Indian journal of veterinary science and animal husbandry - Volume 11,
Year: 1941
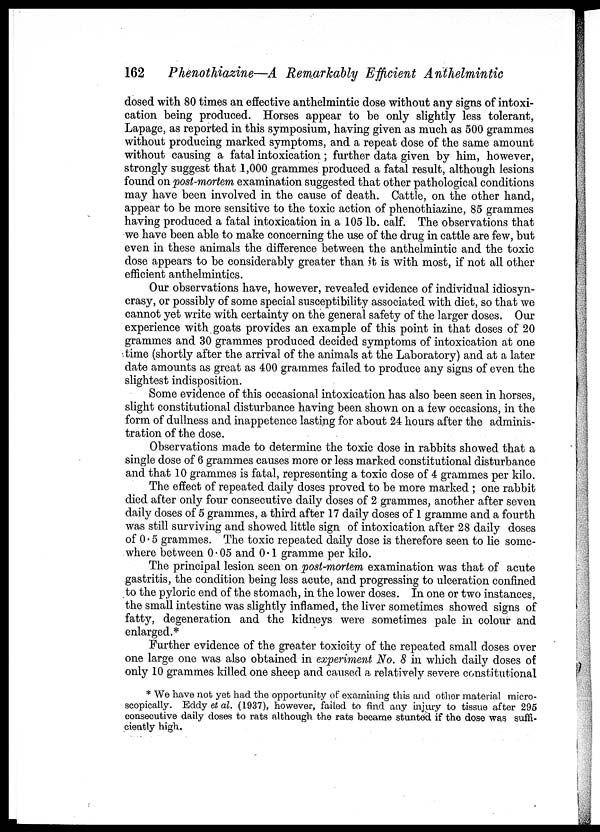
162
Phenothiazine—A Remarkably Efficient Anthelmintic
dosed with 80 times an effective anthelmintic dose without any signs of intoxi-
cation being produced. Horses appear to be only slightly less tolerant,
Lapage, as reported in this symposium, having given as much as 500 grammes
without producing marked symptoms, and a repeat dose of the same amount
without causing a fatal intoxication; further data given by him, however,
strongly suggest that 1,000 grammes produced a fatal result, although lesions
found on post-mortem examination suggested that other pathological conditions
may have been involved in the cause of death. Cattle, on the other hand,
appear to be more sensitive to the toxic action of phenothiazine, 85 grammes
having produced a fatal intoxication in a 105 lb. calf. The observations that
we have been able to make concerning the use of the drug in cattle are few, but
even in these animals the difference between the anthelmintic and the toxic
dose appears to be considerably greater than it is with most, if not all other
efficient anthelmintics.
Our observations have, however, revealed evidence of individual idiosyn-
crasy, or possibly of some special susceptibility associated with diet, so that we
cannot yet write with certainty on the general safety of the larger doses. Our
experience with goats provides an example of this point in that doses of 20
grammes and 30 grammes produced decided symptoms of intoxication at one
time (shortly after the arrival of the animals at the Laboratory) and at a later
date amounts as great as 400 grammes failed to produce any signs of even the
slightest indisposition.
Some evidence of this occasional intoxication has also been seen in horses,
slight constitutional disturbance having been shown on a few occasions, in the
form of dullness and inappetence lasting for about 24 hours after the adminis-
tration of the dose.
Observations made to determine the toxic dose in rabbits showed that a
single dose of 6 grammes causes more or less marked constitutional disturbance
and that 10 grammes is fatal, representing a toxic dose of 4 grammes per kilo.
The effect of repeated daily doses proved to be more marked ; one rabbit
died after only four consecutive daily doses of 2 grammes, another after seven
daily doses of 5 grammes, a third after 17 daily doses of 1 gramme and a fourth
was still surviving and showed little sign of intoxication after 28 daily doses
of 0.5 grammes. The toxic repeated daily dose is therefore seen to lie some-
where between 0.05 and 0.1 gramme per kilo.
The principal lesion seen on post-mortem examination was that of acute
gastritis, the condition being less acute, and progressing to ulceration confined
to the pyloric end of the stomach, in the lower doses. In one or two instances,
the small intestine was slightly inflamed, the liver sometimes showed signs of
fatty, degeneration and the kidneys were sometimes pale in colour and
enlarged.*
Further evidence of the greater toxicity of the repeated small doses over
one large one was also obtained in experiment No. 8 in which daily doses of
only 10 grammes killed one sheep and caused a relatively severe constitutional
* We have not yet had the opportunity of examining this and other material micro-
scopically. Eddy et al. (1937), however, failed to find any injury to tissue after 295
consecutive daily doses to rats although the rats became stunted if the dose was suffi-
ciently high.